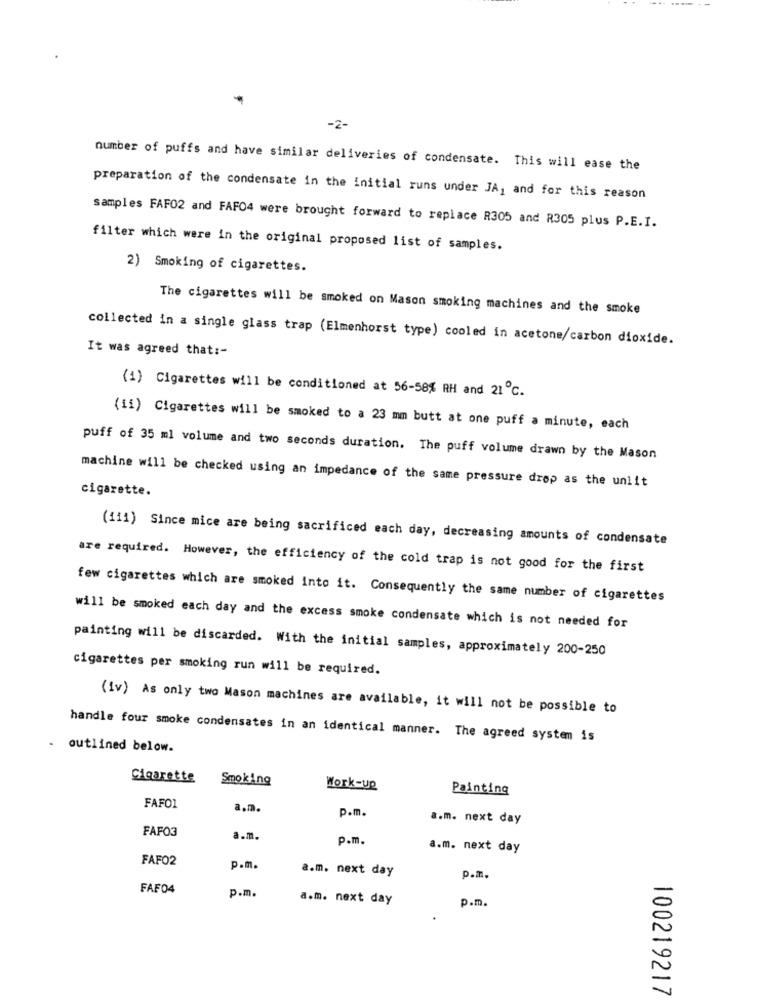
-2-
number of puffs and have similar deliveries of condensate. This will ease the
preparation of the condensate in the initial runs under JA, and for this reason
samples FAF02 and FAFO4 were brought forward to replace R305 and R305 plus P.E.I.
filter which were in the original proposed list of samples.
2) Smoking of cigarettes.
The cigarettes will be smoked on Mason smoking machines and the smoke
collected in a single glass trap (Elmenhorst type) cooled in acetone/carbon dioxide.
It was agreed that :-
(1) Cigarettes will be conditioned at 56-58% RH and 21 ℃.
(ii) Cigarettes will be smoked to a 23 mm butt at one puff a minute, each
puff of 35 ml volume and two seconds duration. The puff volume drawn by the Mason
machine will be checked using an impedance of the same pressure drop as the unlit
cigarette.
(111) Since mice are being sacrificed each day, decreasing amounts of condensate
are required. However, the efficiency of the cold trap is not good for the first
few cigarettes which are smoked into it. Consequently the same number of cigarettes
will be smoked each day and the excess smoke condensate which is not needed for
painting will be discarded. With the initial samples, approximately 200-250
cigarettes per smoking run will be required.
(iv) As only two Mason machines are available, it will not be possible to
handle four smoke condensates in an identical manner. The agreed system is
- outlined below.
Cigarette
Smoking
Work-up
Painting
FAFO1
a.m.
p.m.
a.m. next day
FAFO3
a.m.
p.m.
a.m. next day
FAFO2
p.m.
a.m. next day
p.m.
FAF04
p.m.
a.m. next day
p.m.
100219217